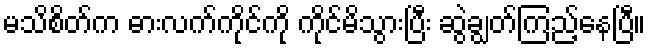
မသိစိတ်က ဓားလက်ကိုင်ကို ကိုင်မိသွားပြီး ဆွဲချွတ်ကြည့်နေပြီ။